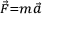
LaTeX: \scriptstyle { { \vec { F } } = m { \vec { a } } }